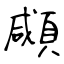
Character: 顑